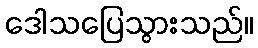
ဒေါသပြေသွားသည်။